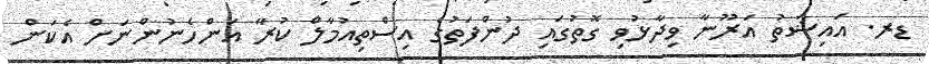
ޑރ. އައިޝަތު އަރޫނާ ވިދާޅުވި ގޮތުގައި ދުންފަތުގެ އިސްތިއުމާލް ކުރާ އަންހެނުންނަށް އެކަން